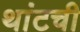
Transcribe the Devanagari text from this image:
थांटची